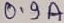
Text: 0.9A